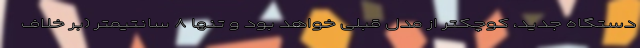
دستگاه جدید، کوچکتر از مدل قبلی خواهد بود و تنها ۸ سانتیمتر (بر خلاف